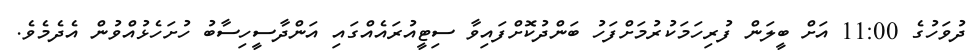
ދުވަހުގެ 11:00 އަށް ބީލަން ފުރިހަމަކުރުމަށްފަހު ބަންދުކޮށްފައިވާ ސިޓީއުރައެއްގައި އަންދާސީހިސާބު ހުށަހެޅުއްވުން އެދެމެވެ.